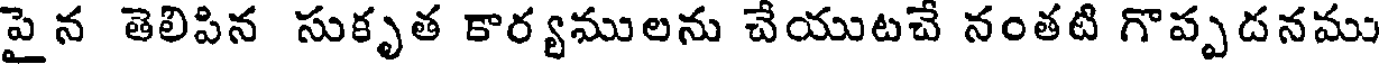
పై న తెలిపిన సుకృత కార్యములను చేయుటచే నంతటి గొప్పదనము